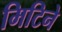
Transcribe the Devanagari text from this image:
मिटिने